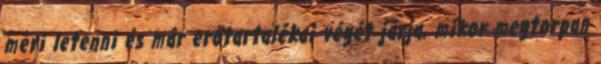
meri letenni és már erőtartalékai végét járja, mikor megtorpan